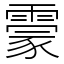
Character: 霥